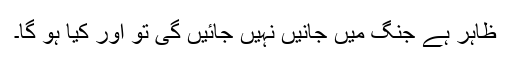
ظاہر ہے جنگ میں جانیں نہیں جائیں گی تو اور کیا ہو گا۔